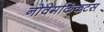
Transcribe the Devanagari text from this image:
नोवेमकिंकटस